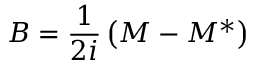
B = { \frac { 1 } { 2 i } } \left( M - M ^ { * } \right)